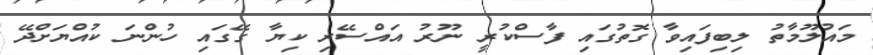
މައުލޫމާތު ލިބިފައިވާ ގޮތުގައި ފާސްކުރީ ނޫރު އައްސޭރި ކިޔާ ގޭގައި ހުންނަ ކުއްޔަށްދޭ